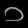
Digit: ၁